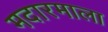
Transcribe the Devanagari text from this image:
मदारमाला